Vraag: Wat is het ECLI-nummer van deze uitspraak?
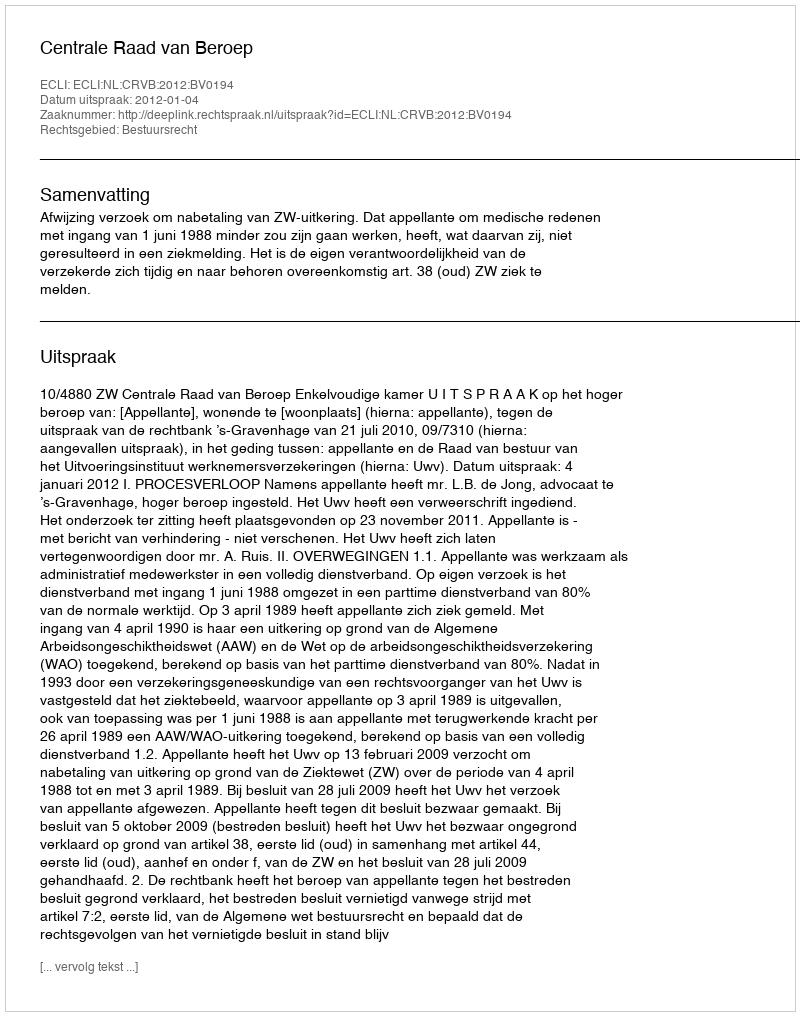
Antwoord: ECLI:NL:CRVB:2012:BV0194